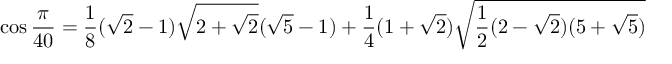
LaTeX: \cos { \frac { \pi } { 4 0 } } = { \frac { 1 } { 8 } } ( { \sqrt { 2 } } - 1 ) { \sqrt { 2 + { \sqrt { 2 } } } } ( { \sqrt { 5 } } - 1 ) + { \frac { 1 } { 4 } } ( 1 + { \sqrt { 2 } } ) { \sqrt { { \frac { 1 } { 2 } } ( 2 - { \sqrt { 2 } } ) ( 5 + { \sqrt { 5 } } ) } }